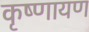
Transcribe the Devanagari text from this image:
कृष्णायण